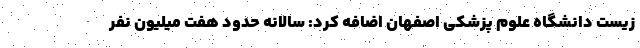
زیست دانشگاه علوم پزشکی اصفهان اضافه کرد: سالانه حدود هفت میلیون نفر